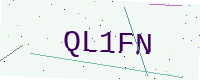
Text: QL1FN